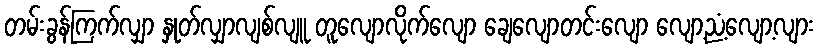
တမ်းခွန်ကြက်လျှာ နှုတ်လျှာလျစ်လျူ တူလျောလိုက်လျော ချေလျောတင်းလျော လျော့ညံ့လျော့လျား